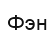
Фэн